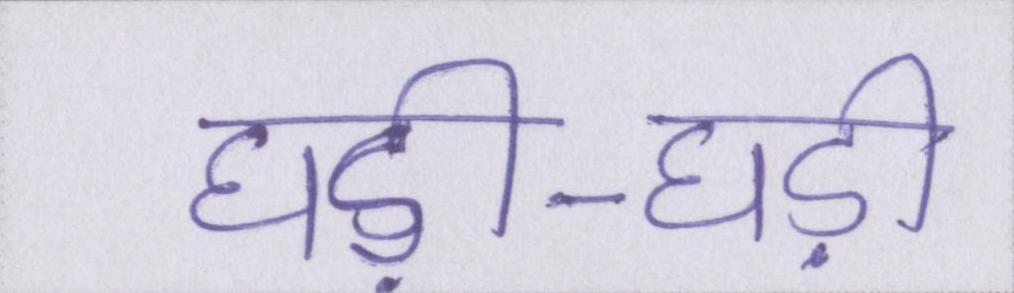
घड़ी-घड़ी